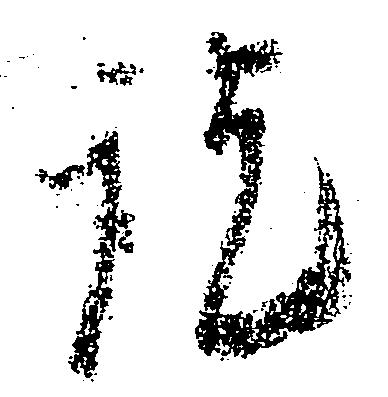
訖